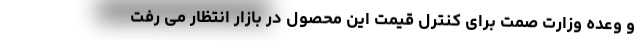
و وعده وزارت صمت برای کنترل قیمت این محصول در بازار انتظار می رفت